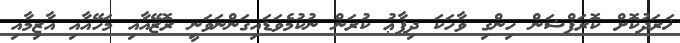
ޚަރަދުކޮށް ކޮރަޕްޝަން ހިންގި ވާހަކަ ދިފާޢު ކުރަން ނުކުމެވަޑައިގަންނަވަނީ ރޮޒޭއާއި މަހޭއާއި އާޒިމާއި